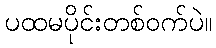
ပထမပိုင်းတစ်ဝက်ပဲ။